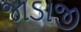
જાડાજી